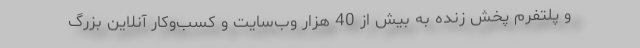
و پلتفرم پخش زنده به بیش از 40 هزار وب‌سایت و کسب‌وکار آنلاین بزرگ